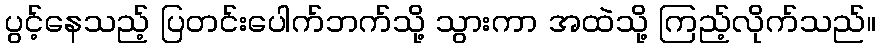
ပွင့်နေသည့် ပြတင်းပေါက်ဘက်သို့ သွားကာ အထဲသို့ ကြည့်လိုက်သည်။